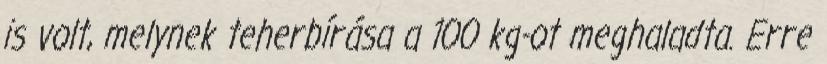
is volt, melynek teherbírása a 100 kg-ot meghaladta. Erre